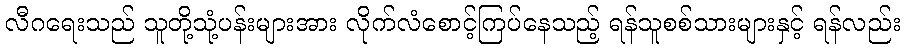
လီဂရေးသည် သူတို့သုံ့ပန်းများအား လိုက်လံစောင့်ကြပ်နေသည့် ရန်သူစစ်သားများနှင့် ရန်လည်း